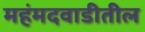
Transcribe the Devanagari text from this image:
महंमदवाडीतील